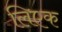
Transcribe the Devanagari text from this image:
लिएक